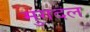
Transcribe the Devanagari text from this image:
मुगदल